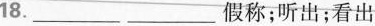
18. ___ ___ 假称;听出;看出